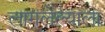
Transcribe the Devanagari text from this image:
लागलेल्याला